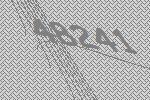
48241